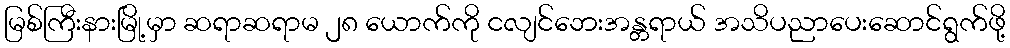
မြစ်ကြီးနားမြို့မှာ ဆရာဆရာမ ၂၈ ယောက်ကို ငလျင်ဘေးအန္တရာယ် အသိပညာပေးဆောင်ရွက်ဖို့